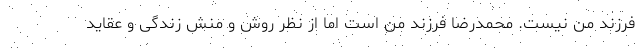
فرزند من نیست. محمدرضا فرزند من است اما از نظر روش و منش زندگی و عقاید